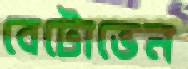
বেটোভেন